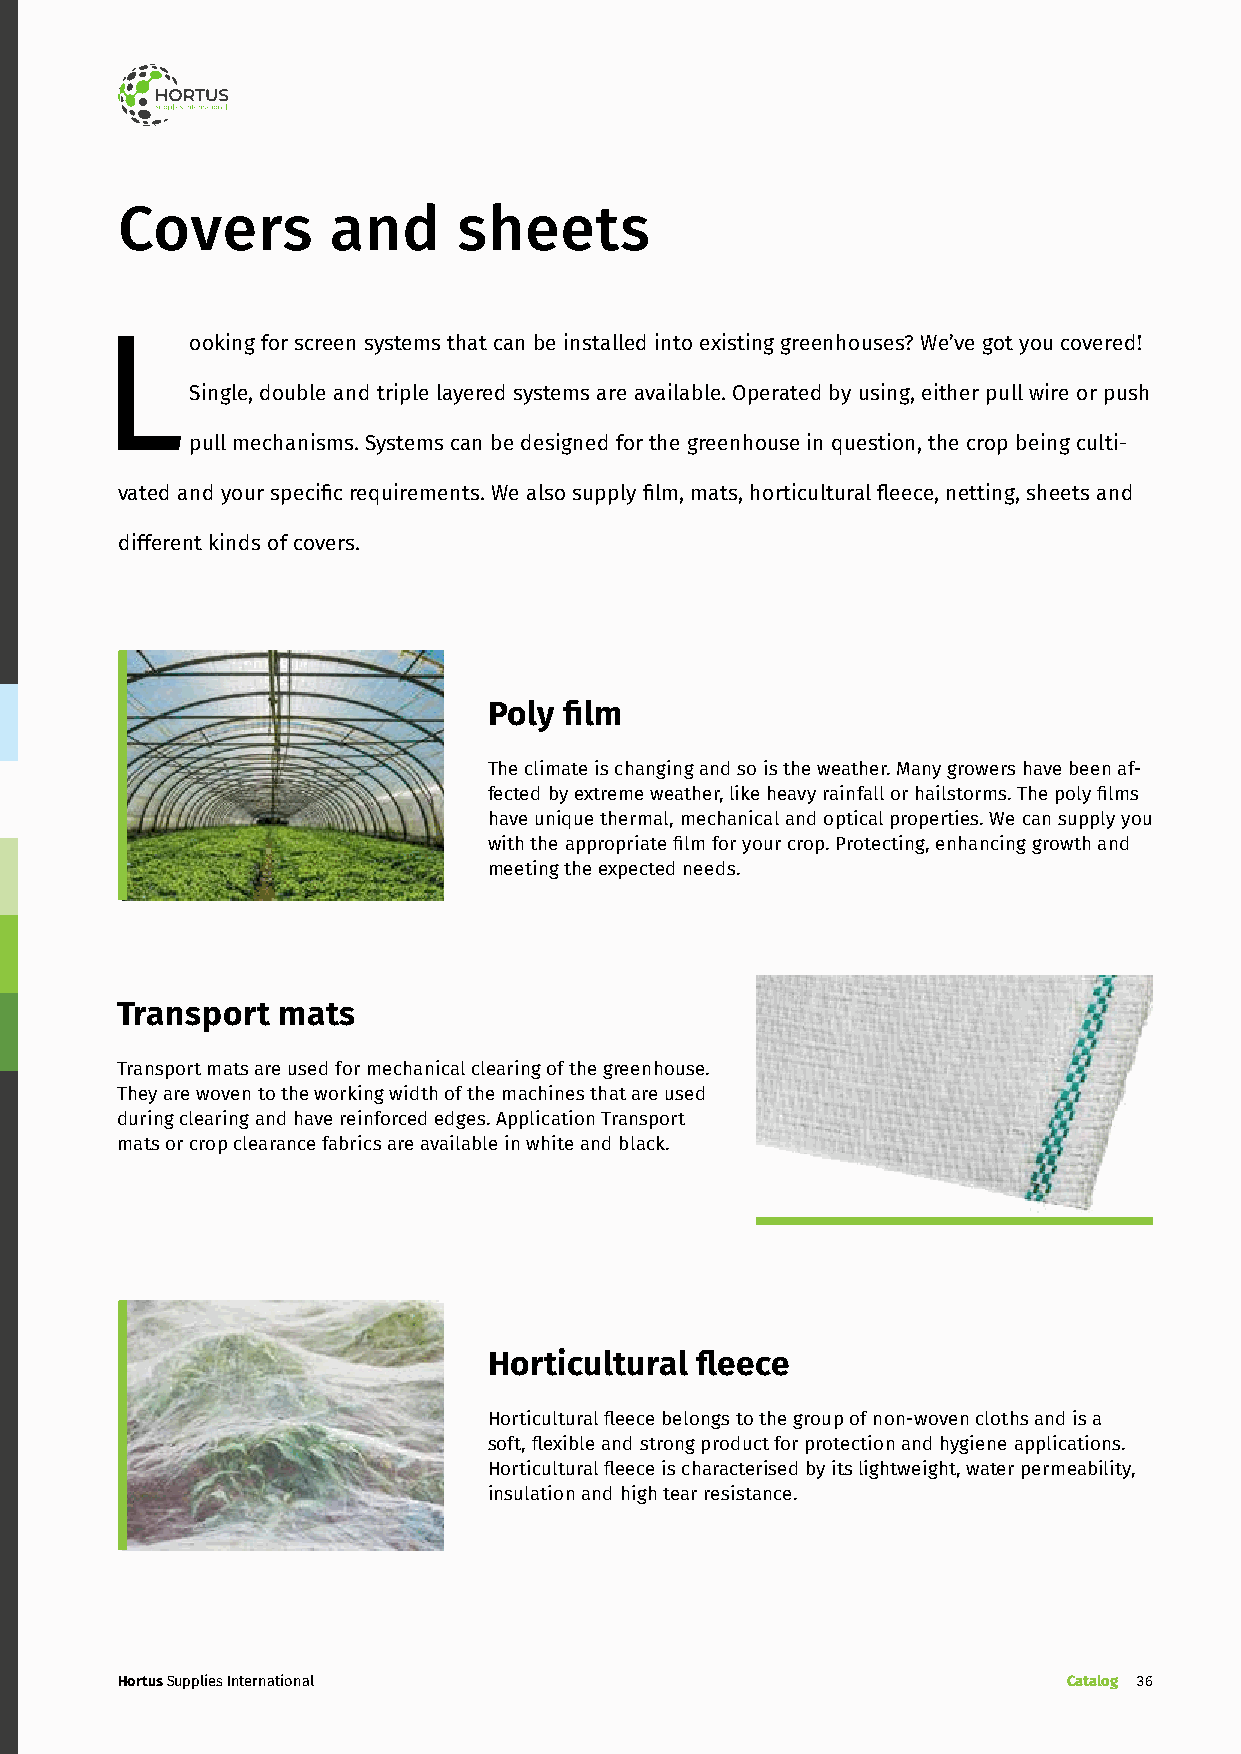
Covers        and     sheets
 Looking   for screen systems that can be installed into existing greenhouses? We’ve got you covered!
 Single, double and triple layered systems are available. Operated by using, either pull wire or push
 pull mechanisms. Systems can be designed for the greenhouse in question, the crop being culti-
 vated and your specific requirements. We also supply film, mats, horticultural fleece, netting, sheets and
 different kinds of covers.
 Poly film
 The climate is changing and so is the weather. Many growers have been af-
 fected by extreme weather, like heavy rainfall or hailstorms. The poly films
 have unique thermal, mechanical and optical properties. We can supply you
 with the appropriate film for your crop. Protecting, enhancing growth and
 meeting the expected needs.
 Transport mats
 Transport mats are used for mechanical clearing of the greenhouse.
 They are woven to the working width of the machines that are used
 during clearing and have reinforced edges. Application Transport
 mats or crop clearance fabrics are available in white and black.
 Horticultural fleece
 Horticultural fleece belongs to the group of non-woven cloths and is a
 soft, flexible and strong product for protection and hygiene applications.
 Horticultural fleece is characterised by its lightweight, water permeability,
 insulation and high tear resistance.
 Hortus Supplies International                                  Catalog 36